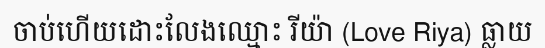
ចាប់ហើយដោះលែងឈ្មោះ រីយ៉ា (Love Riya) ធ្លាយ